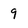
Character: 9